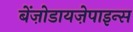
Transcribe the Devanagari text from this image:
बेंज़ोडायज़ेपाइन्स